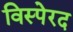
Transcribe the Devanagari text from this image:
विस्पेरद